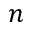
n